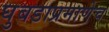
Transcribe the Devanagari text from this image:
घुबडाप्रमाणेच